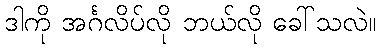
ဒါကို အင်္ဂလိပ်လို ဘယ်လို ခေါ်သလဲ။